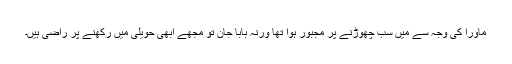
ماورا کی وجہ سے میں سب چھوڑنے پر مجبور ہوا تھا ورنہ بابا جان تو مجھے ابھی حویلی میں رکھنے پر راضی ہیں۔